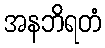
အနဘိရတံ